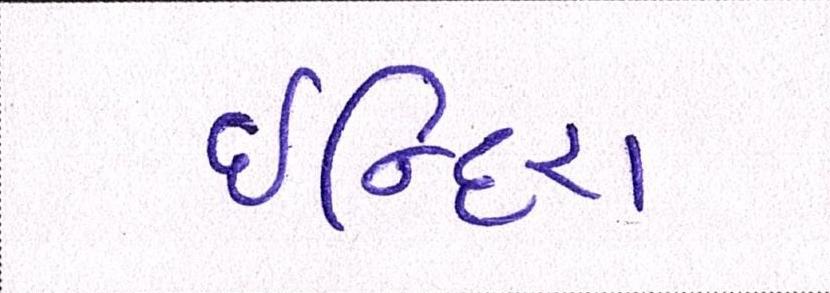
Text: ઈન્દિરા